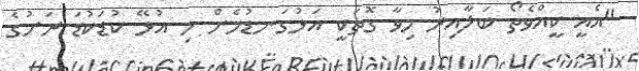
"އެއީ ކީއްވެތޯ ބަލާއިރު މިވާ ގޮތަކީ އަޅުގަނޑުމެން މި އުޅޭ ކުޑަކުޑަ ރަށުގެ